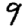
Digit: 9